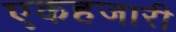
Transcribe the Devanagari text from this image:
एकहजारी